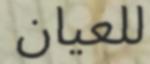
للعيان